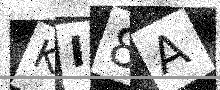
Text: KI8A